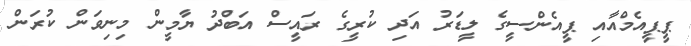
ޕީޕީއެމްއާއި ޕީއެންސީގެ ލީޑަރު އަދި ކުރީގެ ރައީސް އަބްދު ޔާމީން މިނިވަން ކުރަން